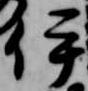
伊